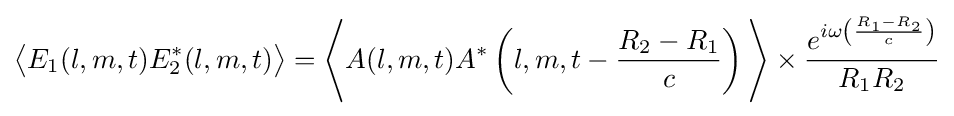
{\big \langle }E_{1}(l,m,t)E_{2}^{*}(l,m,t){\big \rangle }={\Bigg \langle }A(l,m,t)A^{*}\left(l,m,t-{\frac {R_{2}-R_{1}}{c}}\right){\Bigg \rangle }\times {\frac {e^{i\omega \left({\frac {R_{1}-R_{2}}{c}}\right)}}{R_{1}R_{2}}}